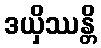
ဒယှိဿန္တိ